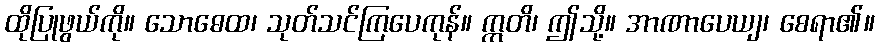
ထိုပြုဖွယ်ကို။ သောဓေထ၊ သုတ်သင်ကြပေကုန်။ ဣတိ၊ ဤသို့။ အာဏာပေယျ၊ စေရာ၏။